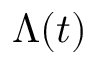
\Lambda ( t )